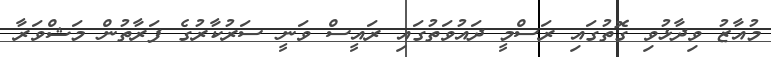
މުއާޒު ވިދާޅުވި ގޮތުގައި ރަސްމީ ދައުވަތުގައި ރައީސް ވަނީ ސަރުކާރުގެ ފަރާތުން މަޝްވަރާ